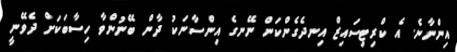
އިންނާނެ. އެ ކްރިޓިސައިޒް އިނދެގެންކަން ނޭނގެ އިންސާނަކު ދާން ބޭނުންވާ ހިސާބަކަށް ދެވޭނީ